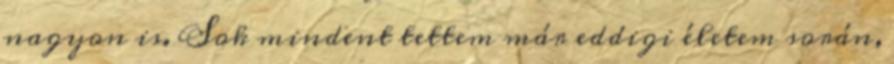
nagyon is. Sok mindent tettem már eddigi életem során,